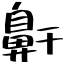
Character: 鼾